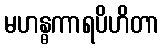
မဟန္ဓကာရပိဟိတာ